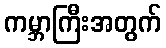
ကမ္ဘာကြီးအတွက်